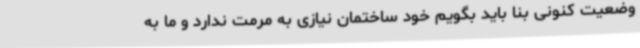
وضعیت کنونی بنا باید بگویم خود ساختمان نیازی به مرمت ندارد و ما به